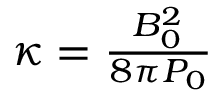
\begin{array} { r } { \kappa = \frac { B _ { 0 } ^ { 2 } } { 8 \pi P _ { 0 } } } \end{array}